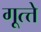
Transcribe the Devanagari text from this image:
गूत्त्ते